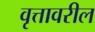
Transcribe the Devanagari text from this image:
वृत्तावरील